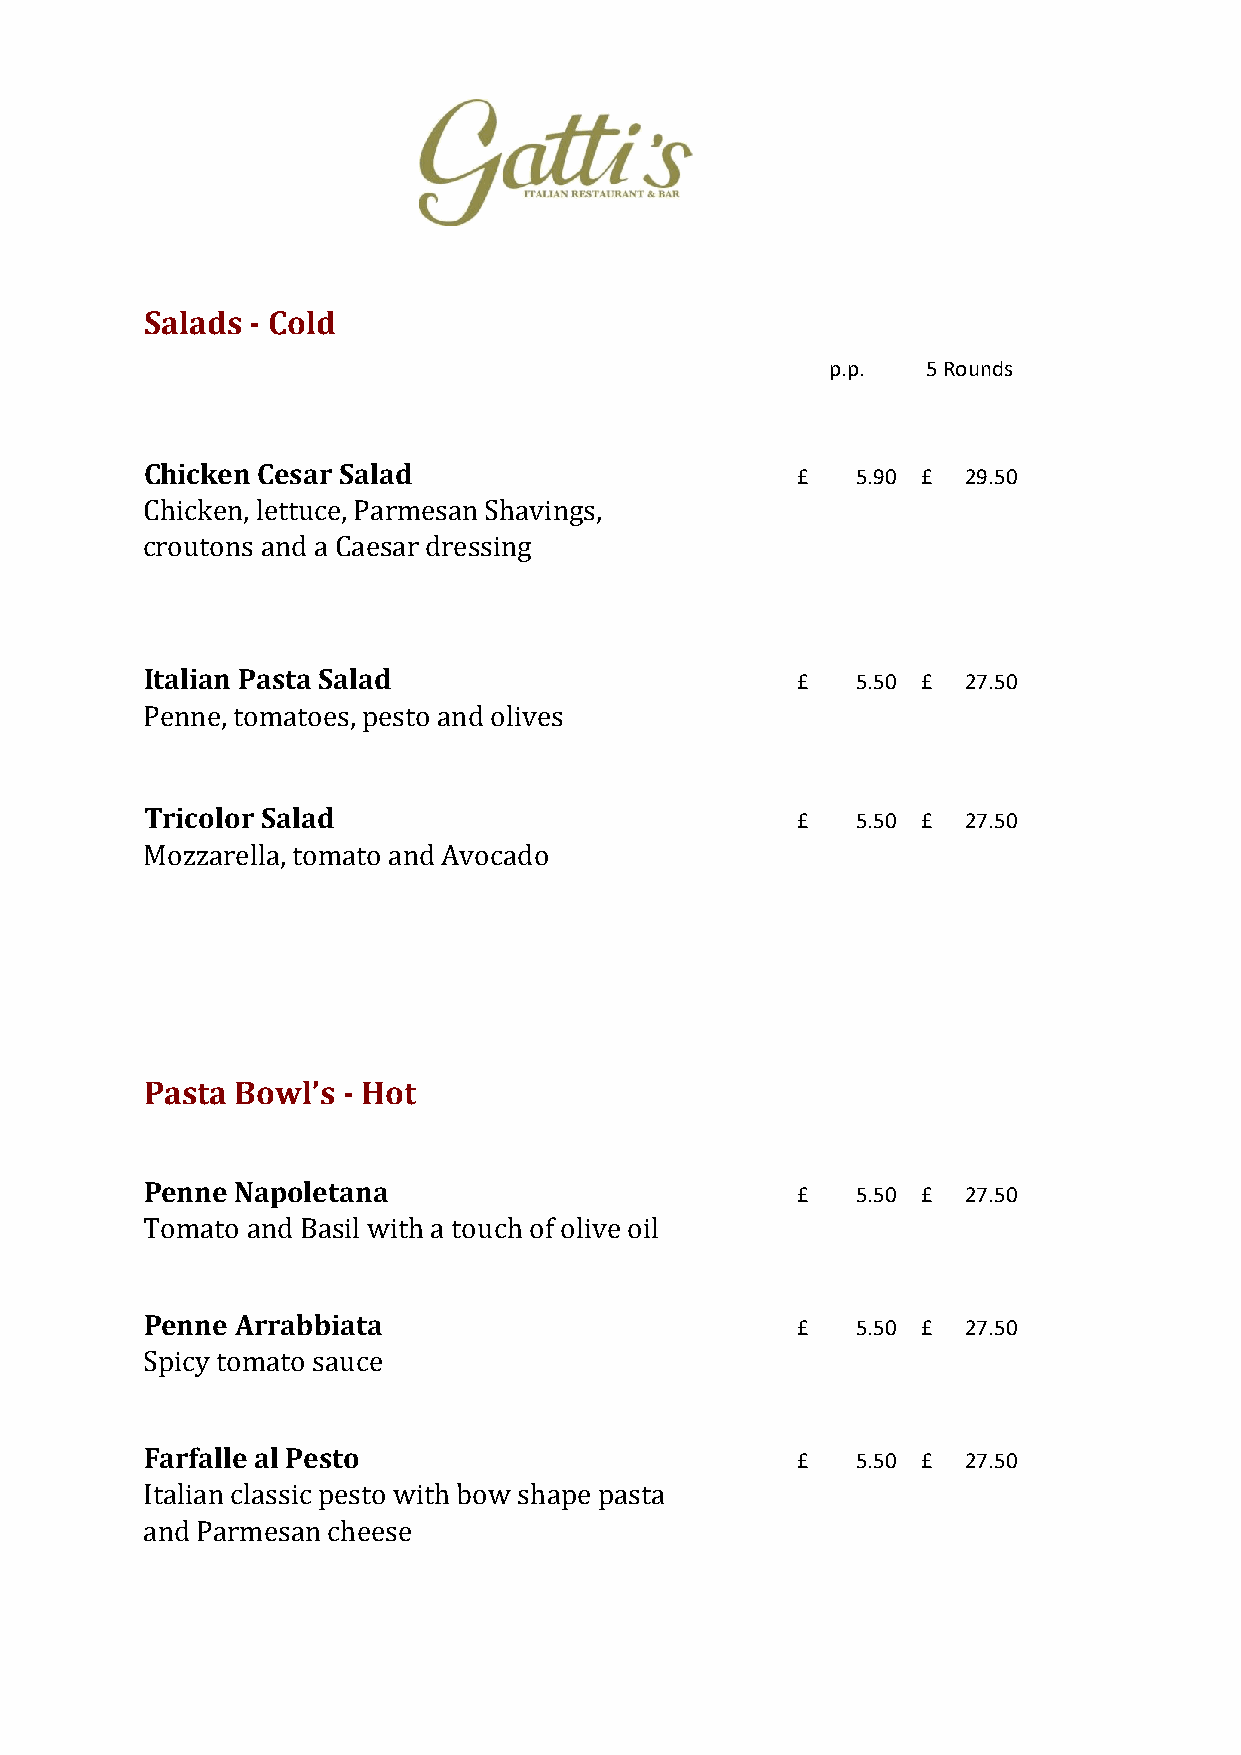
Salads - Cold
 p.p.  5 Rounds
 Chicken Cesar Salad                        £   5.90 £ 29.50
 Chicken, lettuce, Parmesan Shavings,
 croutons and a Caesar dressing
 Italian Pasta Salad                        £   5.50 £ 27.50
 Penne, tomatoes, pesto and olives
 Tricolor Salad                             £   5.50 £ 27.50
 Mozzarella, tomato and Avocado
 Pasta Bowl’s - Hot
 Penne Napoletana                           £   5.50 £ 27.50
 Tomato and Basil with a touch of olive oil
 Penne Arrabbiata                           £   5.50 £ 27.50
 Spicy tomato sauce
 Farfalle al Pesto                          £   5.50 £ 27.50
 Italian classic pesto with bow shape pasta
 and Parmesan cheese